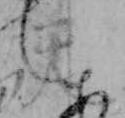
天